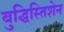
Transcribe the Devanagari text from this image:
बुद्धिस्तिशेन